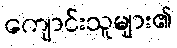
ကျောင်းသူများ၏